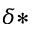
\delta *